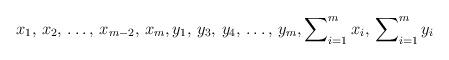
LaTeX: \begin{align*} x_1,\, x_2,\, \ldots,\, x_{m-2},\, x_m,y_1,\, y_3,\, y_4,\, \ldots,\, y_m,\sum\nolimits_{i=1}^m x_i,\, \sum\nolimits_{i=1}^m y_i \end{align*}